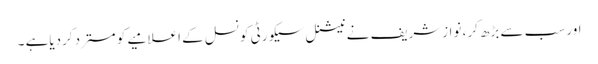
اور سب سے بڑھ کر، نوازشریف نے نیشنل سیکورٹی کونسل کے اعلامیے کو مسترد کردیاہے ۔